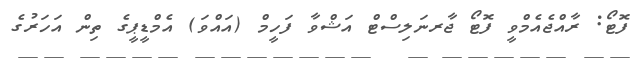
ފޮޓޯ: ރާއްޖެއެމްވީ ފޮޓޯ ޖާރނަލިސްޓް އަޝްވާ ފަހީމް (އައްވަ) އެމްޑީޕީގެ ތިން އަހަރުގެ